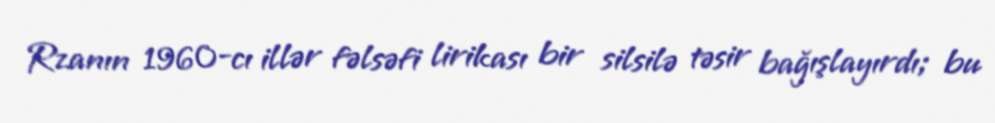
Rzanın 1960-cı illər fəlsəfi lirikası bir silsilə təsir bağışlayırdı; bu